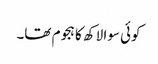
کوئی سوا لاکھ کا ہجوم تھا۔